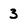
Character: 3